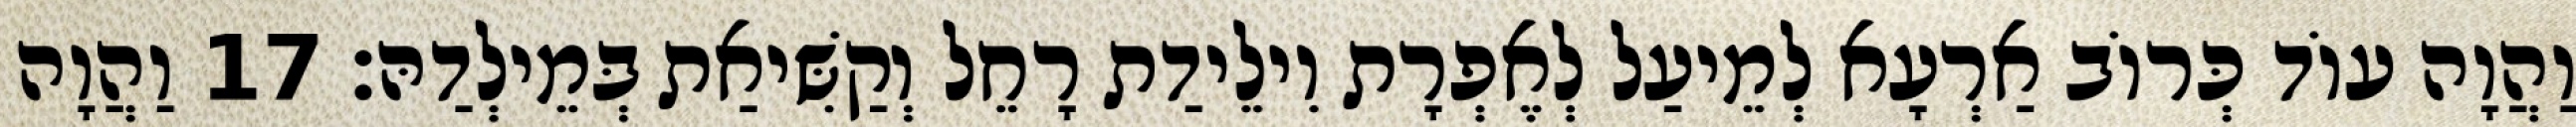
וַהֲוָה עוֹד כְּרוֹב אַרְעָא לְמֵיעַל לְאֶפְרָת וִילֵידַת רָחֵל וְקַשִּׁיאַת בְּמֵילְדַהּ׃ 17 וַהֲוָה